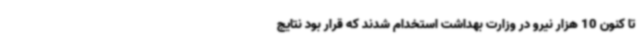
تا کنون 10 هزار نیرو در وزارت بهداشت استخدام شدند که قرار بود نتایج